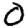
Digit: 0